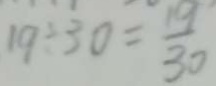
1 9 \div 3 0 = \frac { 1 9 } { 3 0 }